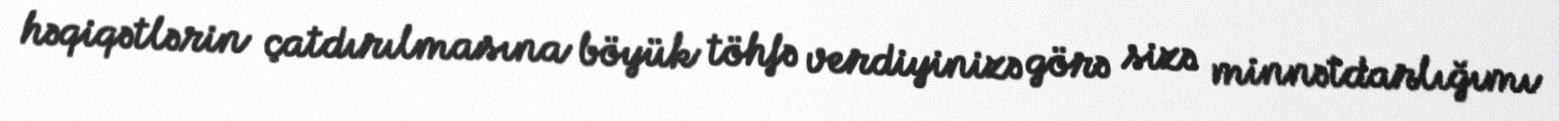
həqiqətlərin çatdırılmasına böyük töhfə verdiyinizə görə sizə minnətdarlığımı